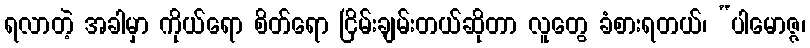
ရလာတဲ့ အခါမှာ ကိုယ်ရော စိတ်ရော ငြိမ်းချမ်းတယ်ဆိုတာ လူတွေ ခံစားရတယ်၊ “ပါမောဇ္ဇ၊